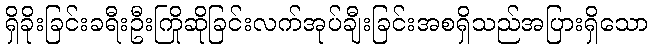
ရှိခိုးခြင်းခရီးဦးကြိုဆိုခြင်းလက်အုပ်ချီးခြင်းအစရှိသည်အပြားရှိသော